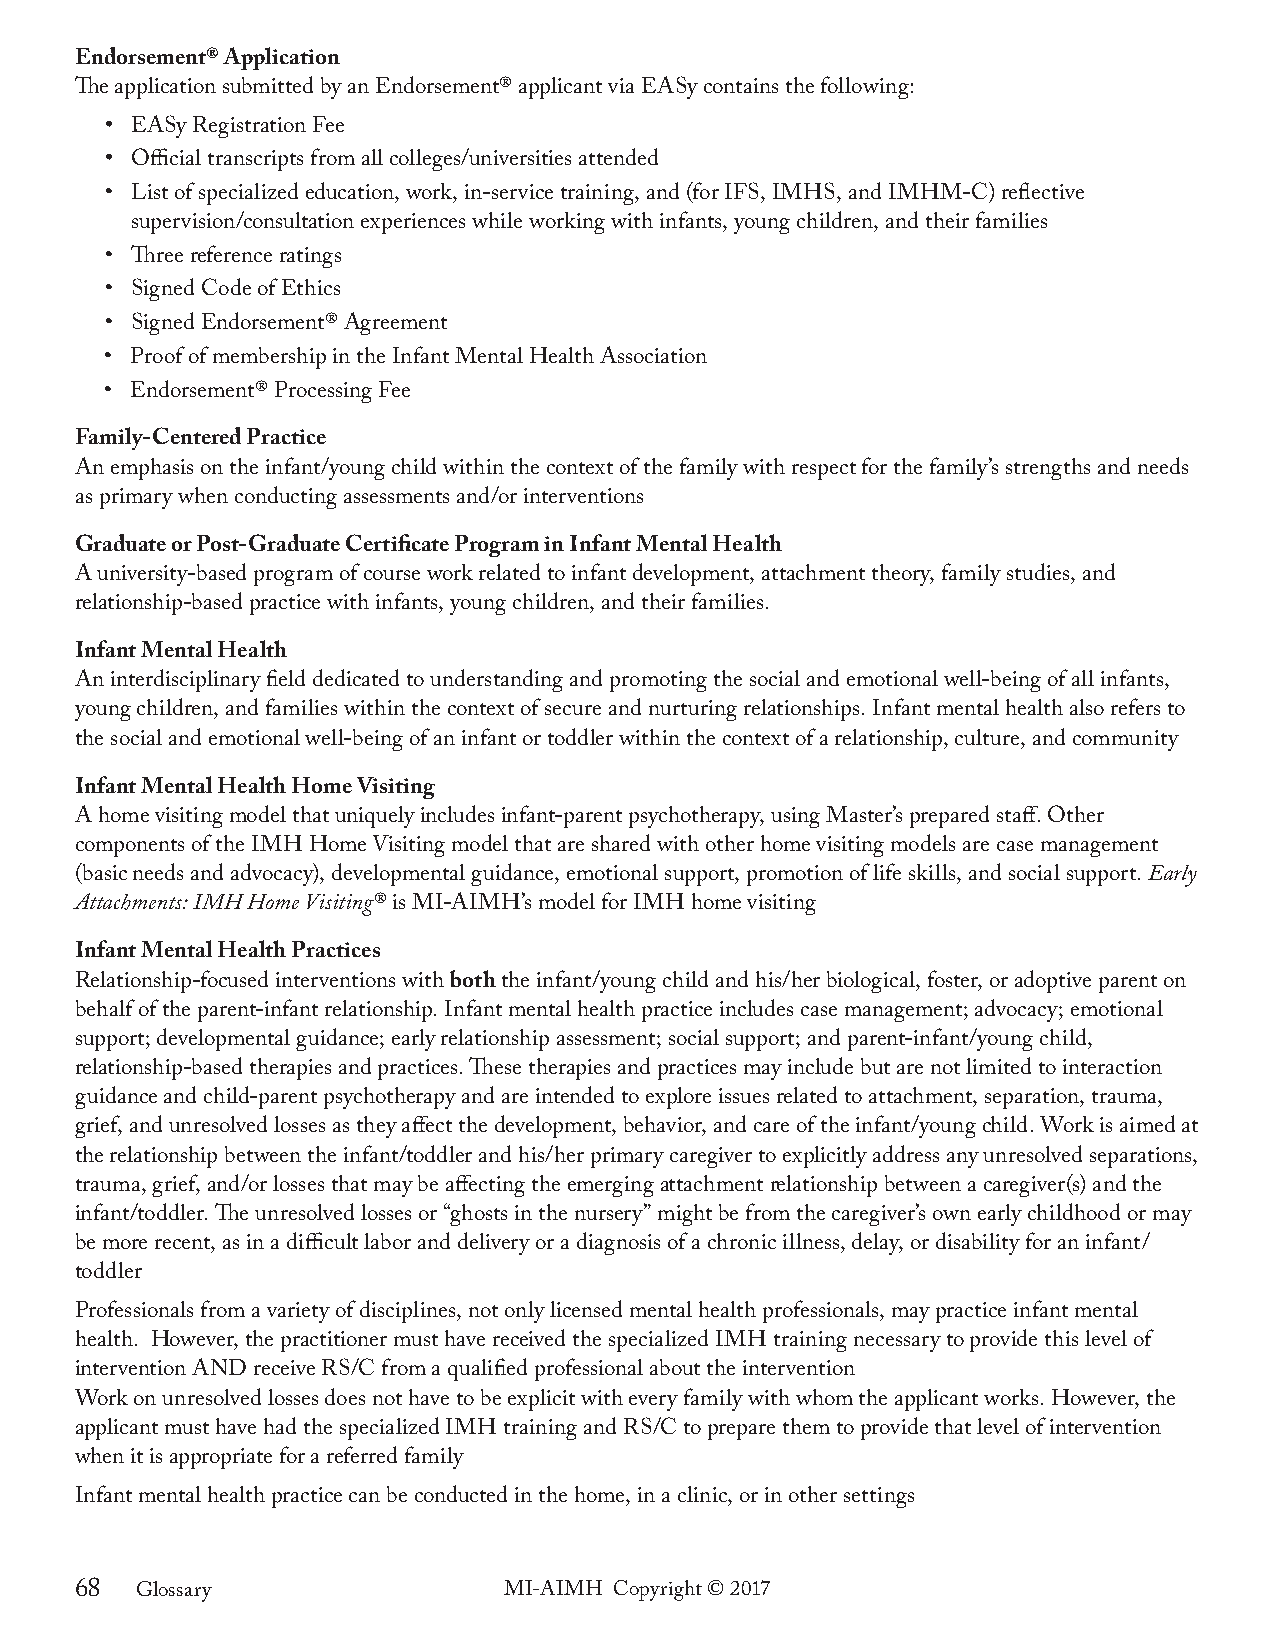
Endorsement® Application
 The application submitted by an Endorsement® applicant via EASy contains the following:
 • EASy Registration Fee
 • Official transcripts from all colleges/universities attended
 • List of specialized education, work, in-service training, and (for IFS, IMHS, and IMHM-C) reflective
 supervision/consultation experiences while working with infants, young children, and their families
 • Three reference ratings
 • Signed Code of Ethics
 • Signed Endorsement® Agreement
 • Proof of membership in the Infant Mental Health Association
 • Endorsement® Processing Fee
 Family-Centered Practice
 An emphasis on the infant/young child within the context of the family with respect for the family’s strengths and needs
 as primary when conducting assessments and/or interventions
 Graduate or Post-Graduate Certificate Program in Infant Mental Health
 A university-based program of course work related to infant development, attachment theory, family studies, and
 relationship-based practice with infants, young children, and their families.
 Infant Mental Health
 An interdisciplinary field dedicated to understanding and promoting the social and emotional well-being of all infants,
 young children, and families within the context of secure and nurturing relationships. Infant mental health also refers to
 the social and emotional well-being of an infant or toddler within the context of a relationship, culture, and community
 Infant Mental Health Home Visiting
 A home visiting model that uniquely includes infant-parent psychotherapy, using Master’s prepared staff. Other
 components of the IMH Home Visiting model that are shared with other home visiting models are case management
 (basic needs and advocacy), developmental guidance, emotional support, promotion of life skills, and social support. early
 Attachments: imH Home Visiting® is MI-AIMH’s model for IMH home visiting
 Infant Mental Health Practices
 Relationship-focused interventions with both the infant/young child and his/her biological, foster, or adoptive parent on
 behalf of the parent-infant relationship. Infant mental health practice includes case management; advocacy; emotional
 support; developmental guidance; early relationship assessment; social support; and parent-infant/young child,
 relationship-based therapies and practices. These therapies and practices may include but are not limited to interaction
 guidance and child-parent psychotherapy and are intended to explore issues related to attachment, separation, trauma,
 grief, and unresolved losses as they affect the development, behavior, and care of the infant/young child. Work is aimed at
 the relationship between the infant/toddler and his/her primary caregiver to explicitly address any unresolved separations,
 trauma, grief, and/or losses that may be affecting the emerging attachment relationship between a caregiver(s) and the
 infant/toddler. The unresolved losses or “ghosts in the nursery” might be from the caregiver’s own early childhood or may
 be more recent, as in a difficult labor and delivery or a diagnosis of a chronic illness, delay, or disability for an infant/
 toddler
 Professionals from a variety of disciplines, not only licensed mental health professionals, may practice infant mental
 health. However, the practitioner must have received the specialized IMH training necessary to provide this level of
 intervention AND receive RS/C from a qualified professional about the intervention
 Work on unresolved losses does not have to be explicit with every family with whom the applicant works. However, the
 applicant must have had the specialized IMH training and RS/C to prepare them to provide that level of intervention
 when it is appropriate for a referred family
 Infant mental health practice can be conducted in the home, in a clinic, or in other settings
 68  Glossary                MI-AIMH Copyright © 2017